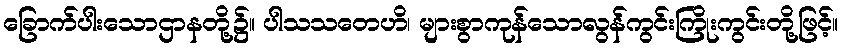
ခြောက်ပါးသောဌာနတို့၌။ ပါသသတေဟိ၊ များစွာကုန်သောလွန်ကွင်းကြိုးကွင်းတို့ဖြင့်။